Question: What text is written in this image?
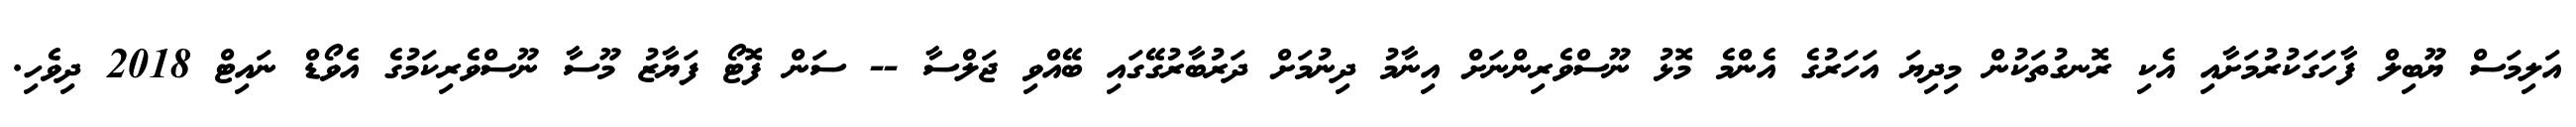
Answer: އަލިމަސް ޔޫބިލް ފާހަގަކުރުމަށާއި އެކި ރޮނގުތަކުން މިދިޔަ އަހަރުގެ އެންމެ މޮޅު ނޫސްވެރިންނަށް އިނާމު ދިނުމަށް ދަރުބާރުގޭގައި ބޭއްވި ޖަލްސާ -- ސަން ފޮޓޯ ފަޔާޒު މޫސާ ނޫސްވެރިކަމުގެ އެވޯޑް ނައިޓް 2018 ދިވެހި.